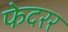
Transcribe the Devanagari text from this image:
फेदरर